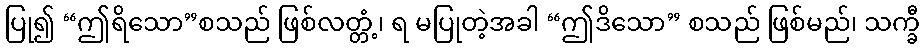
ပြု၍ “ဤရိသော”စသည် ဖြစ်လတ္တံ့၊ ရ မပြုတဲ့အခါ “ဤဒိသော” စသည် ဖြစ်မည်၊ သက္ခီ